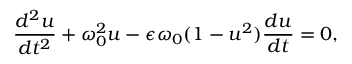
\frac { d ^ { 2 } u } { d t ^ { 2 } } + \omega _ { 0 } ^ { 2 } { u } - \epsilon \omega _ { 0 } ( 1 - u ^ { 2 } ) \frac { d u } { d t } = 0 ,